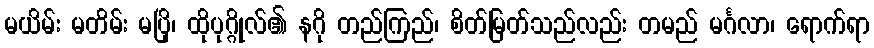
မယိမ်း မတိမ်း မပြို၊ ထိုပုဂ္ဂိုလ်၏ နဂို တည်ကြည်၊ စိတ်မြတ်သည်လည်း တမည် မင်္ဂလာ၊ ရောက်ရာ